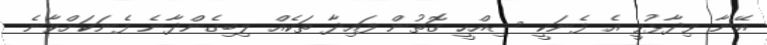
އޭނާ ވިދާޅުވީ އެ ފެނަކީ ސިއްހީ ގޮތުން ފައިދާ ތަކެއް ލިބިގެންދާނެ ފެނަކަށްވާނެ